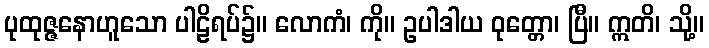
ပုထုဇ္ဇနောဟူသော ပါဠိရပ်၌။ လောကံ၊ ကို။ ဥပါဒါယ ဝုတ္တော၊ ပြီ။ ဣတိ၊ သို့။